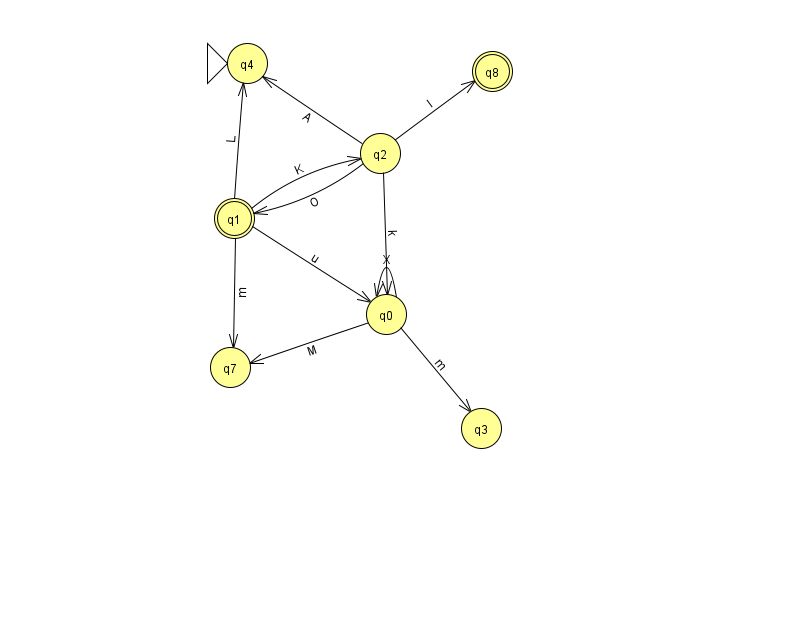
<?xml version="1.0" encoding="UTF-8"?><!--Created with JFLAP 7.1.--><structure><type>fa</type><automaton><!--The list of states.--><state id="0" name="q0"><x>386.0</x><y>301.0</y></state><state id="1" name="q1"><x>234.0</x><y>205.0</y><final/></state><state id="2" name="q2"><x>380.0</x><y>140.0</y></state><state id="3" name="q3"><x>481.0</x><y>415.0</y></state><state id="4" name="q4"><x>247.0</x><y>50.0</y><initial/></state><state id="7" name="q7"><x>230.0</x><y>354.0</y></state><state id="8" name="q8"><x>492.0</x><y>58.0</y><final/></state><!--The list of transitions.--><transition><from>1</from><to>2</to><read>K</read></transition><transition><from>2</from><to>4</to><read>A</read></transition><transition><from>2</from><to>8</to><read>I</read></transition><transition><from>1</from><to>7</to><read>m</read></transition><transition><from>2</from><to>1</to><read>O</read></transition><transition><from>1</from><to>4</to><read>L</read></transition><transition><from>0</from><to>0</to><read>X</read></transition><transition><from>2</from><to>0</to><read>k</read></transition><transition><from>0</from><to>3</to><read>m</read></transition><transition><from>0</from><to>7</to><read>M</read></transition><transition><from>1</from><to>0</to><read>u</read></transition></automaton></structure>